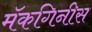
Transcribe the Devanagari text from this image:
मॅकगिनीस